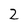
Character: 2